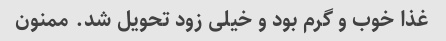
غذا خوب و گرم بود و خیلی زود تحویل شد. ممنون